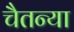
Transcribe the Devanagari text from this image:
चैतन्या